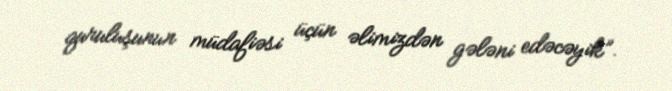
quruluşunun müdafiəsi üçün əlimizdən gələni edəcəyik”.